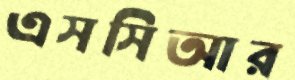
এসসিআর